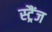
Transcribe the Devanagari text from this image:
स्ट्रैंज